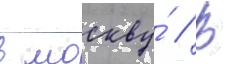
в москву́ // В